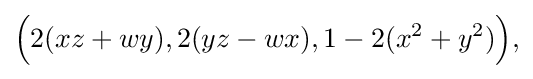
{\Big (}2(xz+wy),2(yz-wx),1-2(x^{2}+y^{2}){\Big )},\,\!